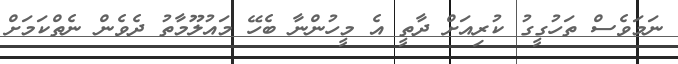
ނަމަވެސް ތަހުގީގު ކުރިއަށް ދާތީ އެ މީހުންނާ ބެހޭ މައުލޫމާތު ދެވެން ނެތްކަމަށް